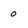
Character: o